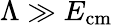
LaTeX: \Lambda\gg E_{\mathrm{{cm}}}